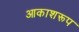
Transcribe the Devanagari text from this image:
आकाशरूप